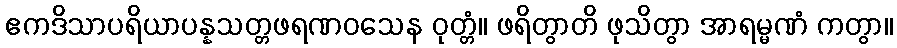
ဧကဒိသာပရိယာပန္နသတ္တဖရဏဝသေန ဝုတ္တံ။ ဖရိတွာတိ ဖုသိတွာ အာရမ္မဏံ ကတွာ။